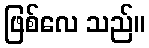
ဖြစ်လေ သည်။